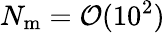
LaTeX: N_{\mathrm{m}}=\mathcal{O}(10^{2})